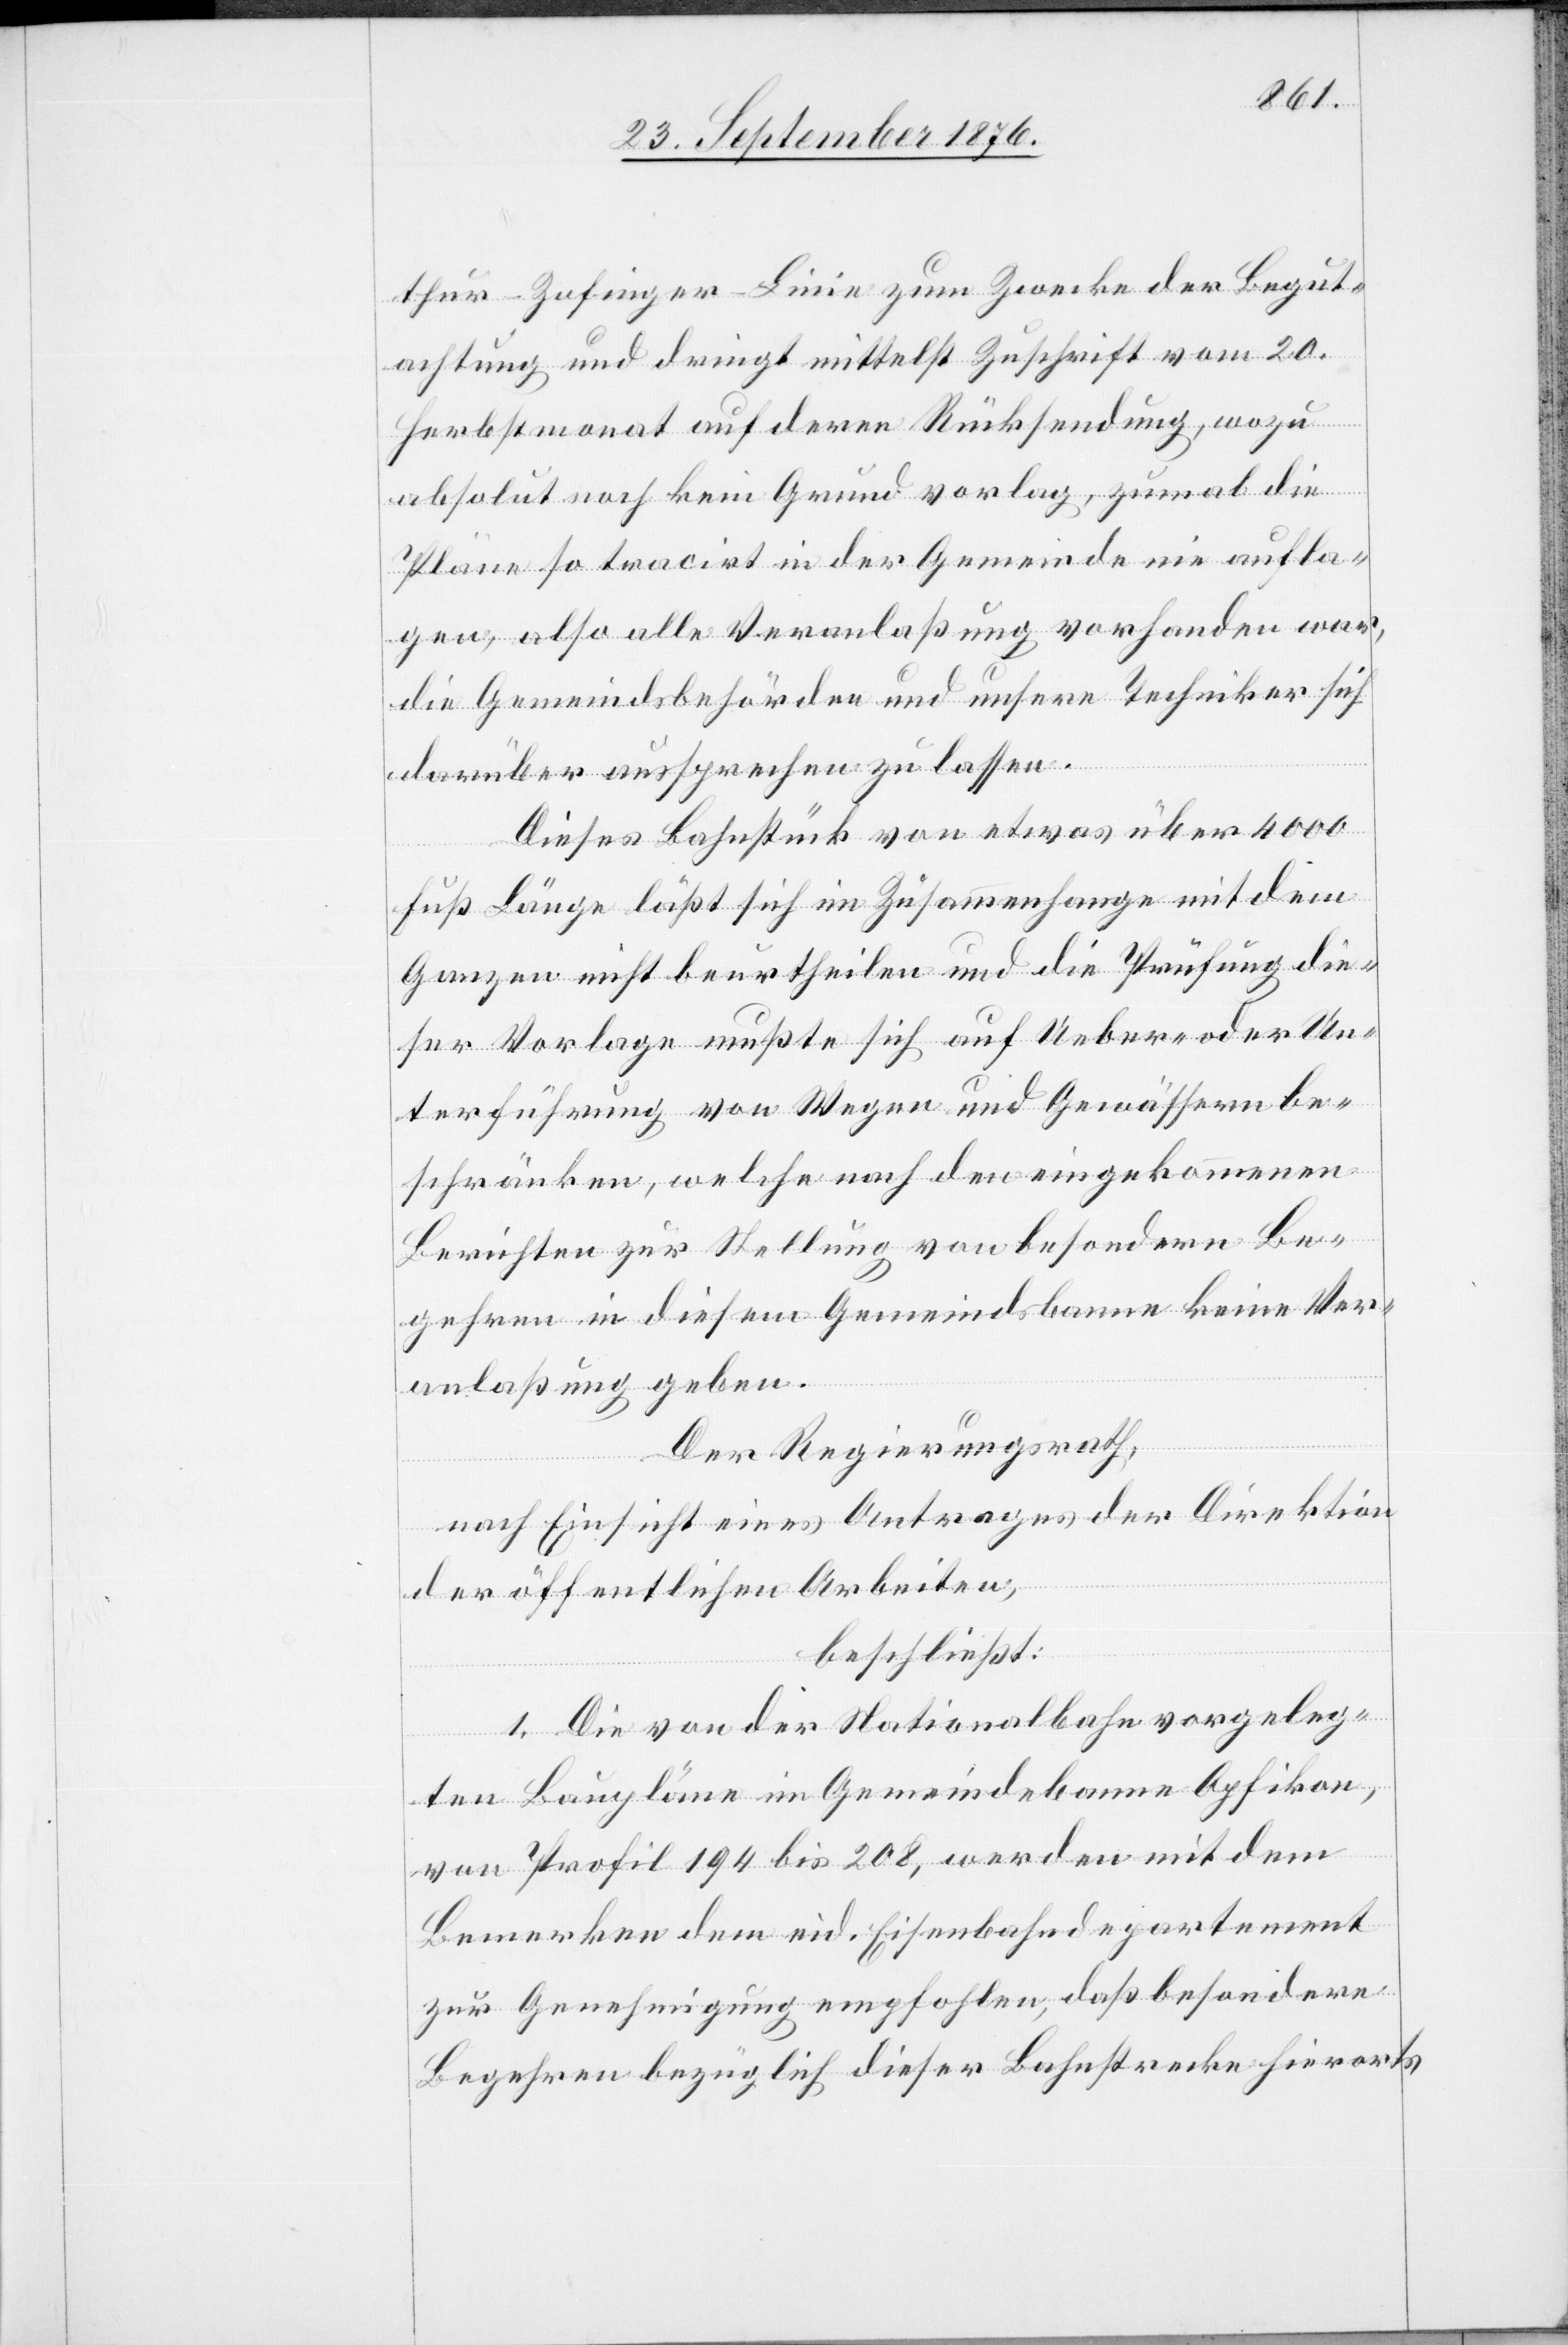
thur–Zofinger-Linie zum Zwecke der Begut¬
achtung und dringt mittelst Zuschrift vom 20.
Herbstmonat auf deren Rücksendung, wozu
absolut noch kein Grund vorlag, zumal die
Pläne so tracirt in der Gemeinde nie aufla¬
gen, also alle Veranlaßung vorhanden war,
die Gemeindsbehörden und unsere Techniker sich
darüber aussprechen zu lassen.
Dieses Bahnstück von etwas über 4000
Fuß Länge läßt sich im Zusammenhange mit dem
ganzen nicht beurtheilen und die Prüfung die¬
ser Vorlage mußte sich auf Ueber- oder Un¬
terführung von Wegen und Gewässern be¬
schränken, welche nach eingekommenen
Berichten zur Stellung von besondern Be¬
gehren in diesem Gemeindsbanne keine Ver¬
anlaßung geben.
Der Regierungsrath,
nach Einsicht eines Antrages der Direktion
der öffentlichen Arbeiten,
beschließt:
1. Die von der Nationalbahn vorgeleg¬
ten Baupläne im Gemeindebanne Opfikon,
von Profil 194 bis 208, werden mit dem
Bemerken dem eid. Eisenbahndepartement
zur Genehmigung empfohlen, daß besondere
Begehren bezüglich dieser Bahnstrecke hierorts